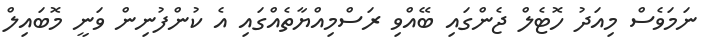
ނަމަވެސް މިއަދު ހޮޓެލް ޖެންގައި ބޭއްވި ރަސްމިއްޔާތެއްގައި އެ ކުންފުނިން ވަނީ މޮބައިލް